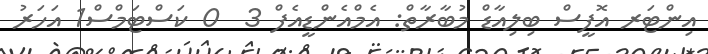
އިންޓަރ އޮފީސް ބިލިއާޑް މުބާރާތް: އެމްއެންޑީއެފް 3  0 ކަސްޓަމްސް1 އަހަރު